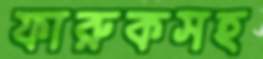
ফারুকসহ